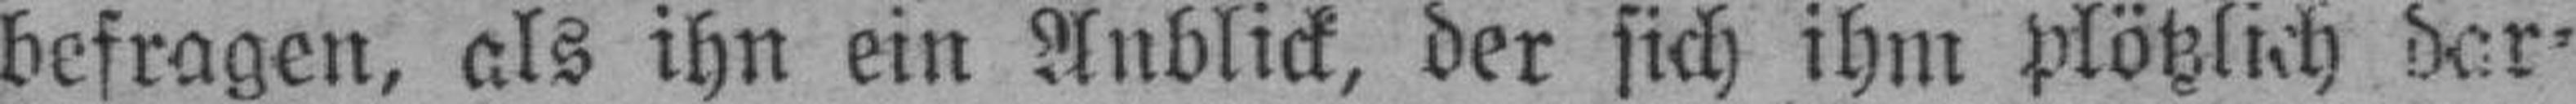
befragen, als ihn ein Anblick, der sich ihm plötzlich dar¬